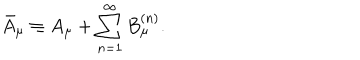
\bar { A } _ { \mu } \equiv A _ { \mu } + \sum _ { n = 1 } ^ { \infty } B _ { \mu } ^ { ( n ) } .